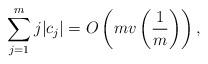
LaTeX: \begin{align*}\sum_{j=1}^{m}j|c_j|=O\left(mv\left(\frac{1}{m}\right)\right), \end{align*}